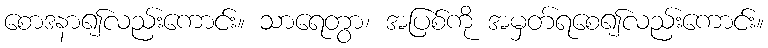
စောဒနာ၍လည်းကောင်း။ သာရေတွာ၊ အပြစ်ကို အမှတ်ရစေ၍လည်းကောင်း။